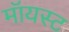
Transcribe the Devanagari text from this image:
मॉयस्ट